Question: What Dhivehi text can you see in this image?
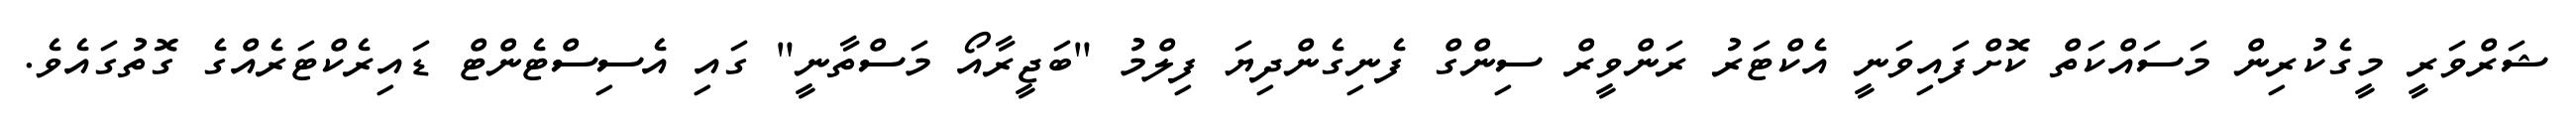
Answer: ޝަރްވަރީ މީގެކުރިން މަސައްކަތް ކޮށްފައިވަނީ އެކްޓަރު ރަންވީރް ސިންގް ފެނިގެންދިޔަ ފިލްމު "ބަޖީރާއޯ މަސްތާނީ" ގައި އެސިސްޓެންޓް ޑައިރެކްޓަރެއްގެ ގޮތުގައެވެ.